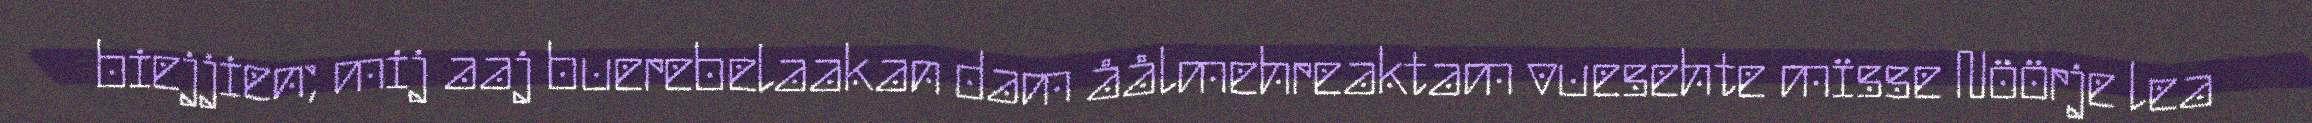
biejjien; mij aaj buerebelaakan dam åålmehreaktam vuesehte mïsse Nöörje lea